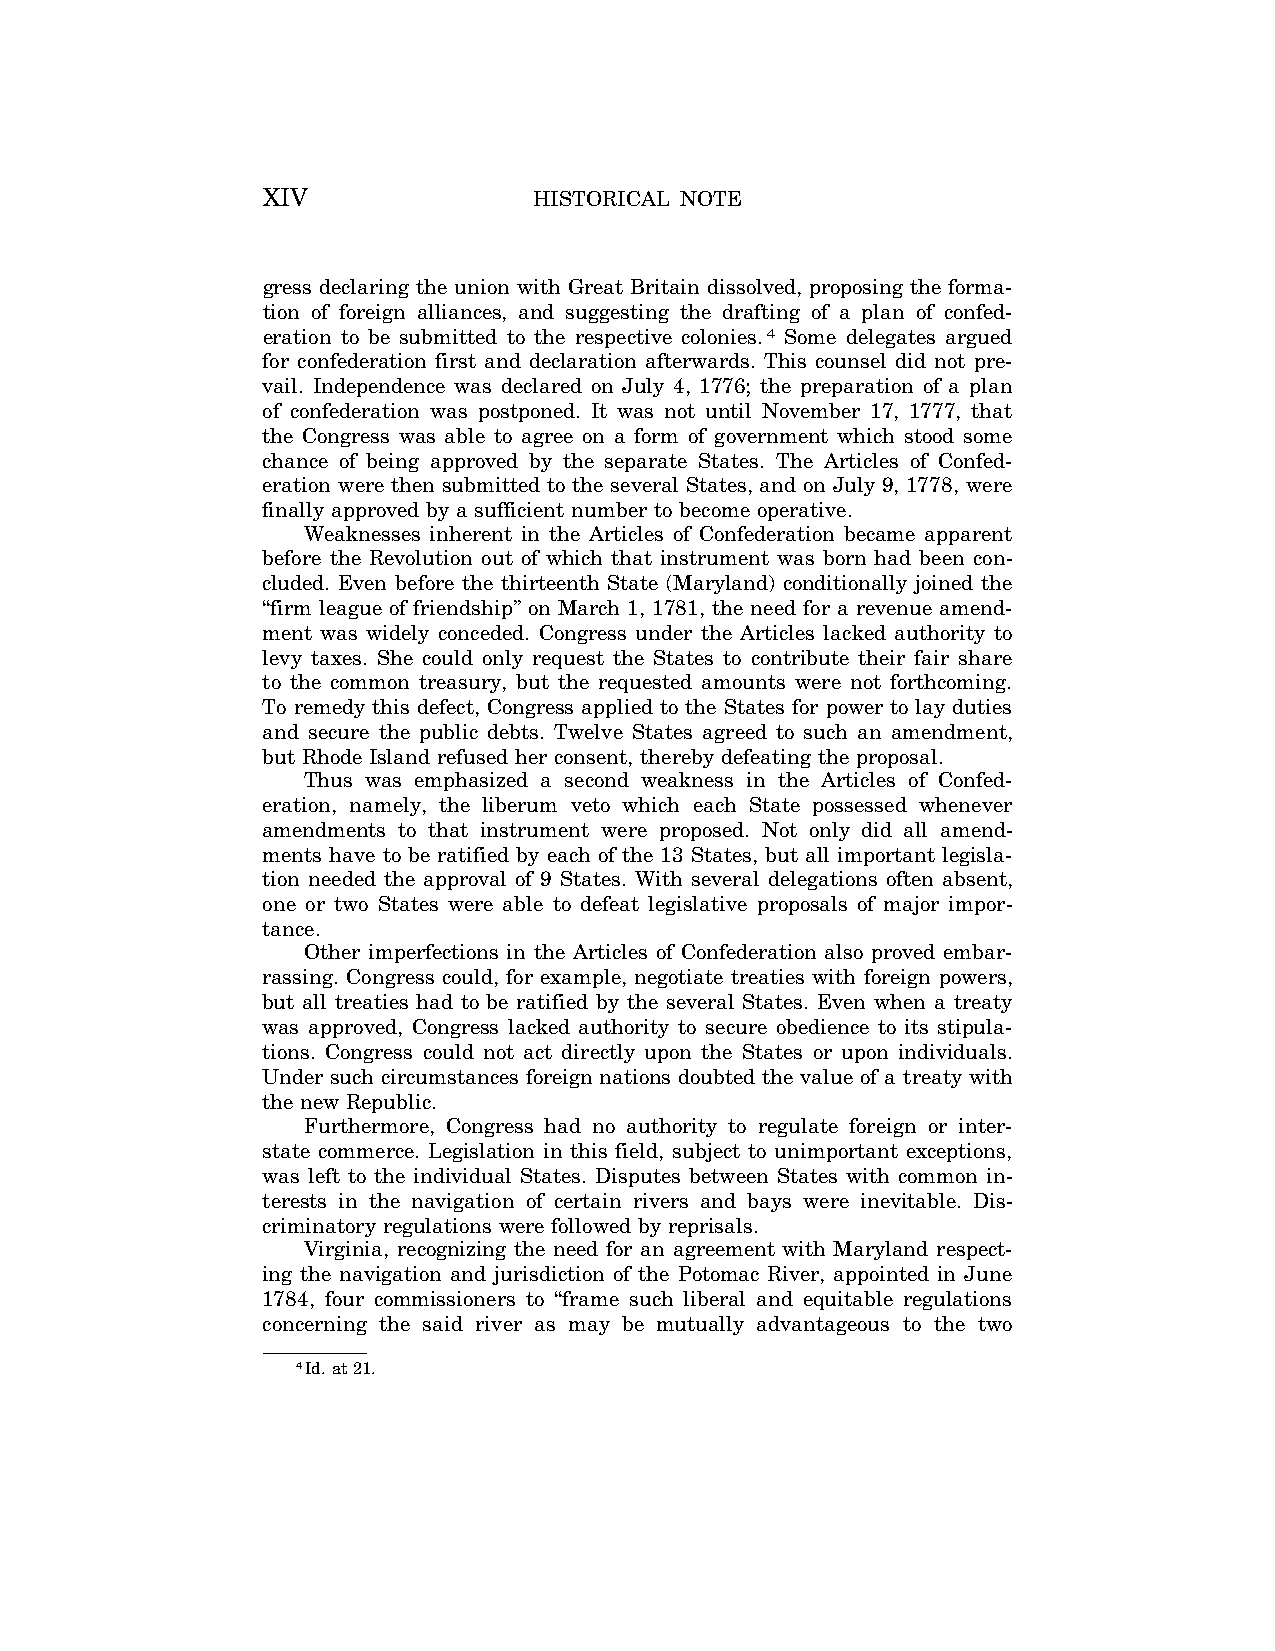
XIV               HISTORICAL NOTE
 gress declaring the union with Great Britain dissolved, proposing the forma-
 tion of foreign alliances, and suggesting the drafting of a plan of confed-
 eration to be submitted to the respective colonies.4 Some delegates argued
 for confederation first and declaration afterwards. This counsel did not pre-
 vail. Independence was declared on July 4, 1776; the preparation of a plan
 of confederation was postponed. It was not until November 17, 1777, that
 the Congress was able to agree on a form of government which stood some
 chance of being approved by the separate States. The Articles of Confed-
 eration were then submitted to the several States, and on July 9, 1778, were
 finally approved by a sufficient number to become operative.
 Weaknesses inherent in the Articles of Confederation became apparent
 before the Revolution out of which that instrument was born had been con-
 cluded. Even before the thirteenth State (Maryland) conditionally joined the
 ‘‘firm league of friendship’’ on March 1, 1781, the need for a revenue amend-
 ment was widely conceded. Congress under the Articles lacked authority to
 levy taxes. She could only request the States to contribute their fair share
 to the common treasury, but the requested amounts were not forthcoming.
 To remedy this defect, Congress applied to the States for power to lay duties
 and secure the public debts. Twelve States agreed to such an amendment,
 but Rhode Island refused her consent, thereby defeating the proposal.
 Thus was emphasized a second weakness in the Articles of Confed-
 eration, namely, the liberum veto which each State possessed whenever
 amendments to that instrument were proposed. Not only did all amend-
 ments have to be ratified by each of the 13 States, but all important legisla-
 tion needed the approval of 9 States. With several delegations often absent,
 one or two States were able to defeat legislative proposals of major impor-
 tance.
 Other imperfections in the Articles of Confederation also proved embar-
 rassing. Congress could, for example, negotiate treaties with foreign powers,
 but all treaties had to be ratified by the several States. Even when a treaty
 was approved, Congress lacked authority to secure obedience to its stipula-
 tions. Congress could not act directly upon the States or upon individuals.
 Under such circumstances foreign nations doubted the value of a treaty with
 the new Republic.
 Furthermore, Congress had no authority to regulate foreign or inter-
 state commerce. Legislation in this field, subject to unimportant exceptions,
 was left to the individual States. Disputes between States with common in-
 terests in the navigation of certain rivers and bays were inevitable. Dis-
 criminatory regulations were followed by reprisals.
 Virginia, recognizing the need for an agreement with Maryland respect-
 ing the navigation and jurisdiction of the Potomac River, appointed in June
 1784, four commissioners to ‘‘frame such liberal and equitable regulations
 concerning the said river as may be mutually advantageous to the two
 4Id. at 21.
 VerDate Aug<04>2004 11:08 Oct 06, 2004 Jkt 077500 PO 00000 Frm 00002 Fmt 8221 Sfmt 8221 C:\CONAN\CON004.SGM PRFM99 PsN: CON004